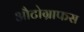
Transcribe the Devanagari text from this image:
औटोग्राफस